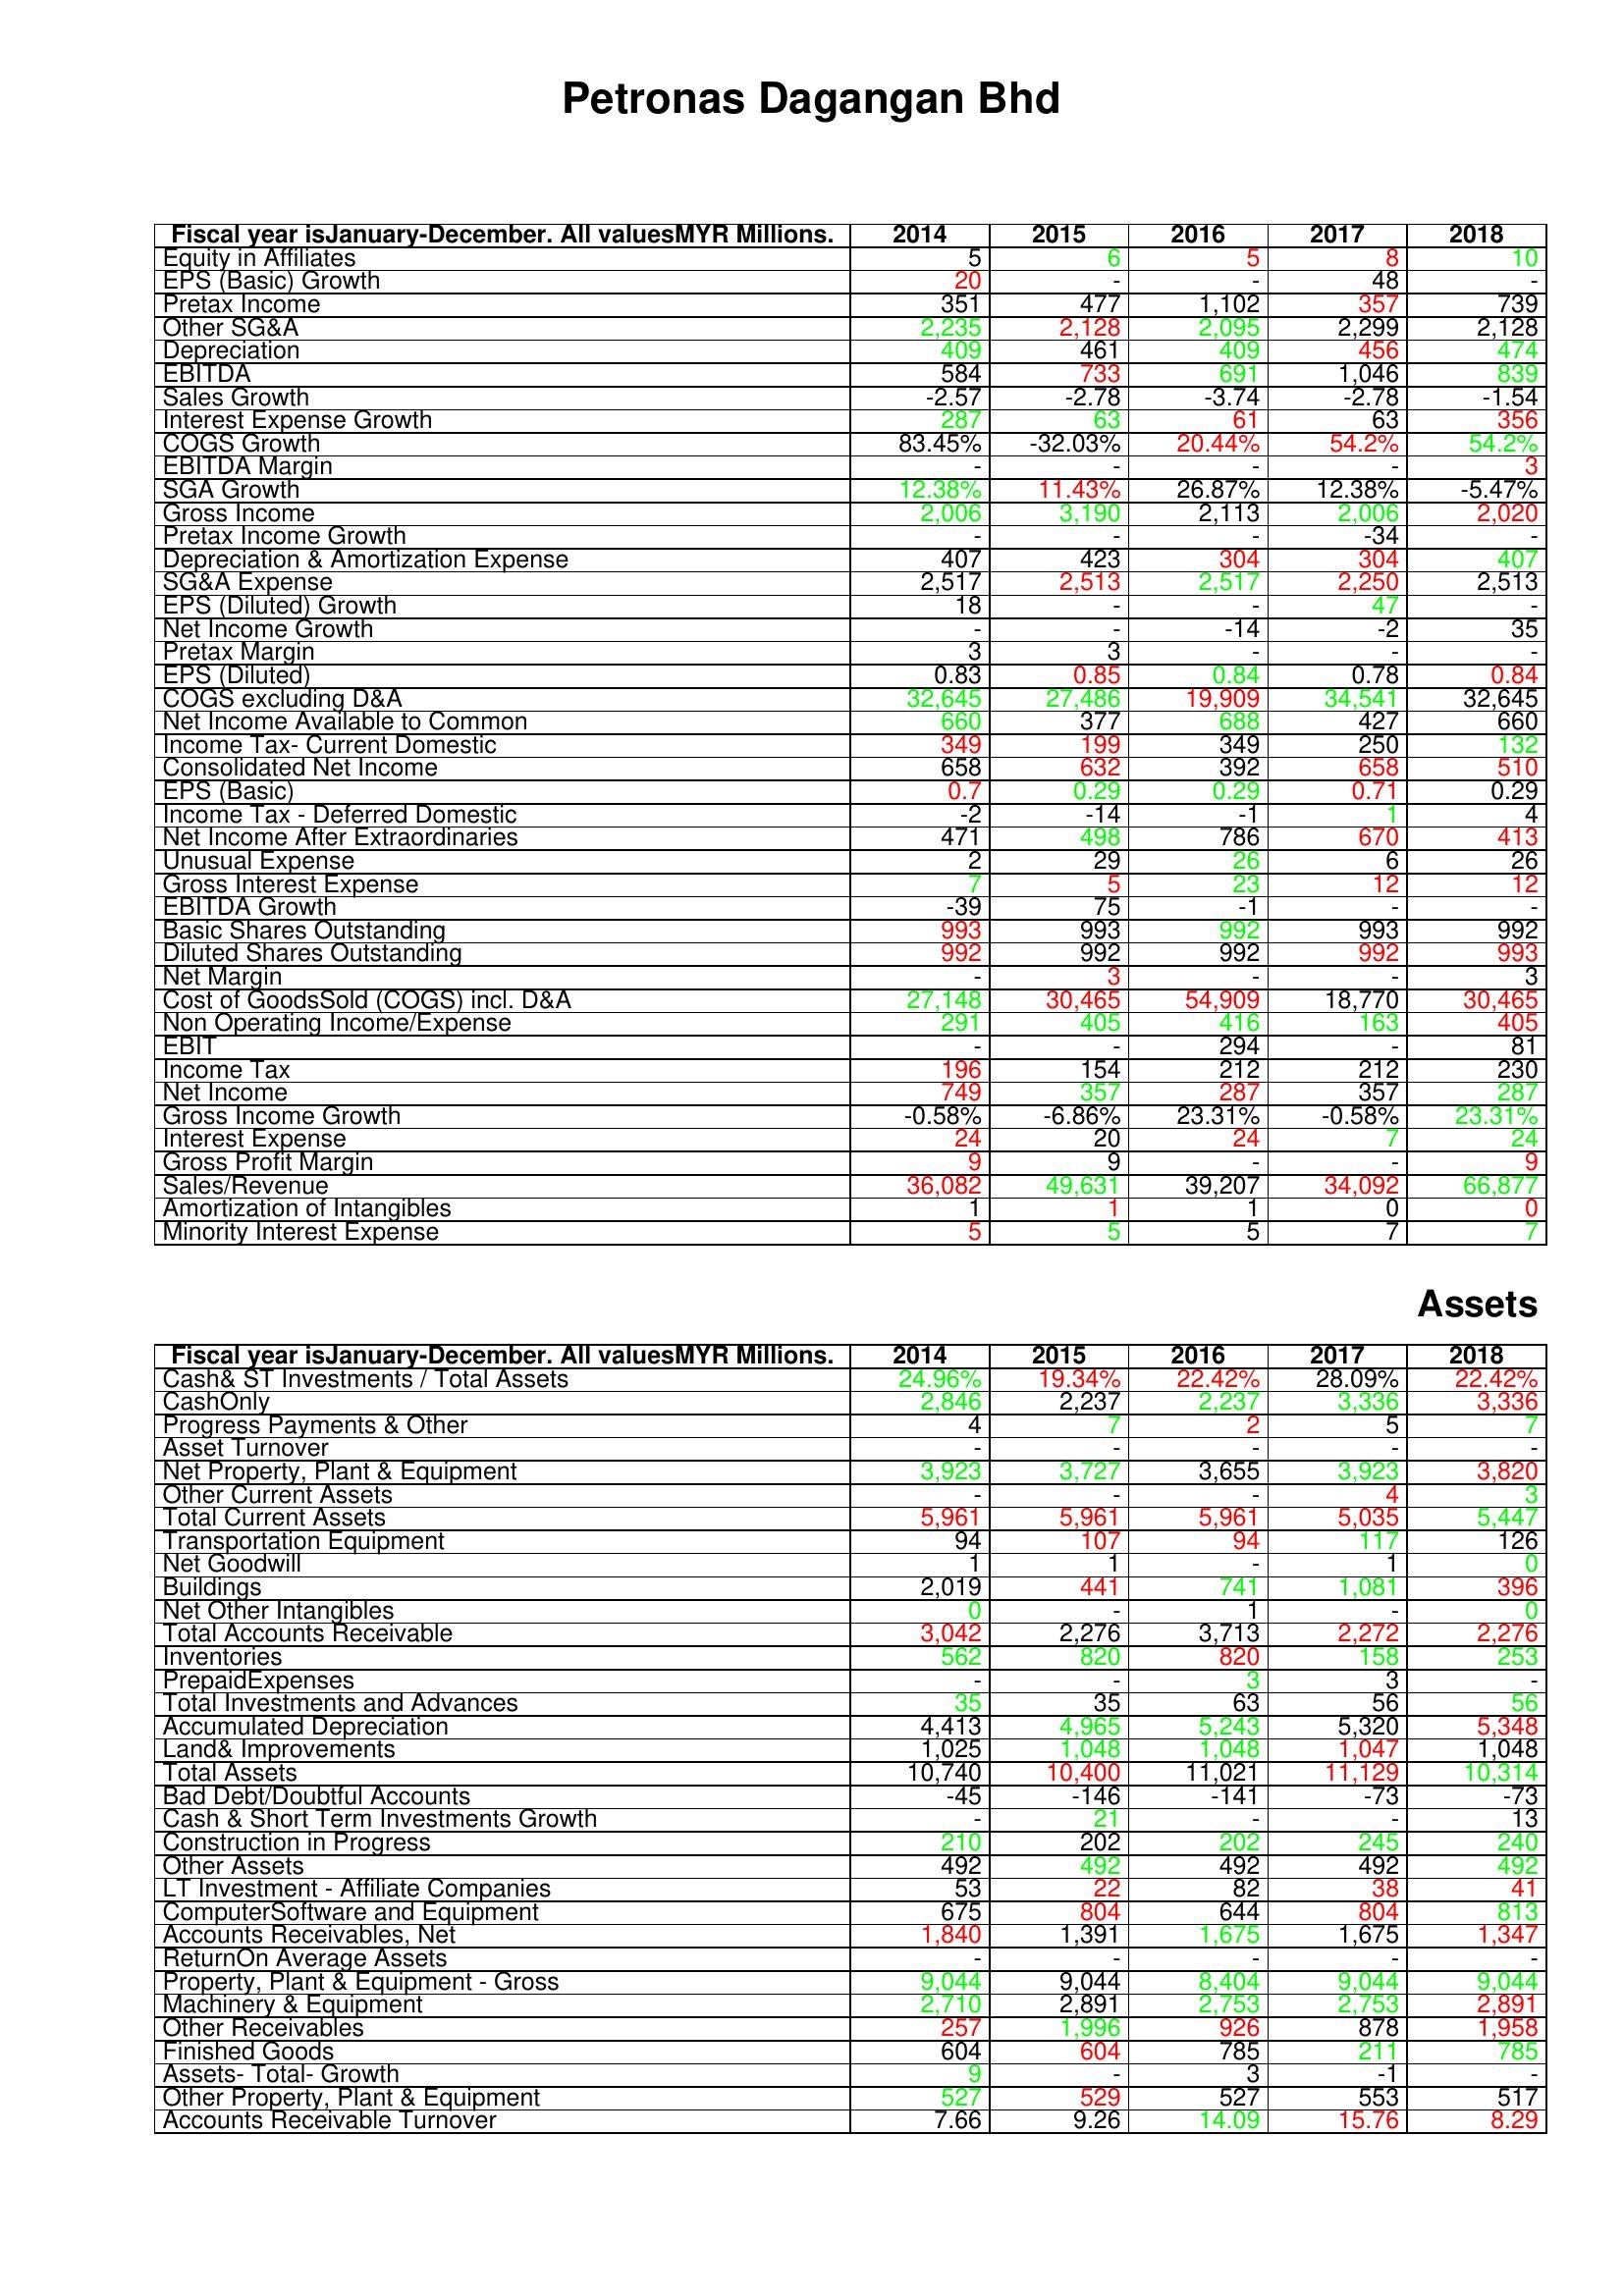
gt_parse: 2014: : Equity in Affiliates: 5
EPS (Basic) Growth: 20
Pretax Income: 351
Other SG&A: 2,235
Depreciation: 409
EBITDA: 584
Sales Growth: -2.57
Interest Expense Growth: 287
COGS Growth: 83.45%
EBITDA Margin: -
SGA Growth: 12.38%
Gross Income: 2,006
Pretax Income Growth: -
Depreciation & Amortization Expense: 407
SG&A Expense: 2,517
EPS (Diluted) Growth: 18
Net Income Growth: -
Pretax Margin: 3
EPS (Diluted): 0.83
COGS excluding D&A: 32,645
Net Income Available to Common: 660
Income Tax- Current Domestic: 349
Consolidated Net Income: 658
EPS (Basic): 0.7
Income Tax - Deferred Domestic: -2
Net Income After Extraordinaries: 471
Unusual Expense: 2
Gross Interest Expense: 7
EBITDA Growth: -39
Basic Shares Outstanding: 993
Diluted Shares Outstanding: 992
Net Margin: -
Cost of GoodsSold (COGS) incl. D&A: 27,148
Non Operating Income/Expense: 291
EBIT: -
Income Tax: 196
Net Income: 749
Gross Income Growth: -0.58%
Interest Expense: 24
Gross Profit Margin: 9
Sales/Revenue: 36,082
Amortization of Intangibles: 1
Minority Interest Expense: 5
Assets: Cash& ST Investments / Total Assets: 24.96%
CashOnly: 2,846
Progress Payments & Other: 4
Asset Turnover: -
Net Property, Plant & Equipment: 3,923
Other Current Assets: -
Total Current Assets: 5,961
Transportation Equipment: 94
Net Goodwill: 1
Buildings: 2,019
Net Other Intangibles: 0
Total Accounts Receivable: 3,042
Inventories: 562
PrepaidExpenses: -
Total Investments and Advances: 35
Accumulated Depreciation: 4,413
Land& Improvements: 1,025
Total Assets: 10,740
Bad Debt/Doubtful Accounts: -45
Cash & Short Term Investments Growth: -
Construction in Progress: 210
Other Assets: 492
LT Investment - Affiliate Companies: 53
ComputerSoftware and Equipment: 675
Accounts Receivables, Net: 1,840
ReturnOn Average Assets: -
Property, Plant & Equipment - Gross : 9,044
Machinery & Equipment: 2,710
Other Receivables: 257
Finished Goods: 604
Assets- Total- Growth: 9
Other Property, Plant & Equipment: 527
Accounts Receivable Turnover: 7.66
2015: : Equity in Affiliates: 6
EPS (Basic) Growth: -
Pretax Income: 477
Other SG&A: 2,128
Depreciation: 461
EBITDA: 733
Sales Growth: -2.78
Interest Expense Growth: 63
COGS Growth: -32.03%
EBITDA Margin: -
SGA Growth: 11.43%
Gross Income: 3,190
Pretax Income Growth: -
Depreciation & Amortization Expense: 423
SG&A Expense: 2,513
EPS (Diluted) Growth: -
Net Income Growth: -
Pretax Margin: 3
EPS (Diluted): 0.85
COGS excluding D&A: 27,486
Net Income Available to Common: 377
Income Tax- Current Domestic: 199
Consolidated Net Income: 632
EPS (Basic): 0.29
Income Tax - Deferred Domestic: -14
Net Income After Extraordinaries: 498
Unusual Expense: 29
Gross Interest Expense: 5
EBITDA Growth: 75
Basic Shares Outstanding: 993
Diluted Shares Outstanding: 992
Net Margin: 3
Cost of GoodsSold (COGS) incl. D&A: 30,465
Non Operating Income/Expense: 405
EBIT: -
Income Tax: 154
Net Income: 357
Gross Income Growth: -6.86%
Interest Expense: 20
Gross Profit Margin: 9
Sales/Revenue: 49,631
Amortization of Intangibles: 1
Minority Interest Expense: 5
Assets: Cash& ST Investments / Total Assets: 19.34%
CashOnly: 2,237
Progress Payments & Other: 7
Asset Turnover: -
Net Property, Plant & Equipment: 3,727
Other Current Assets: -
Total Current Assets: 5,961
Transportation Equipment: 107
Net Goodwill: 1
Buildings: 441
Net Other Intangibles: -
Total Accounts Receivable: 2,276
Inventories: 820
PrepaidExpenses: -
Total Investments and Advances: 35
Accumulated Depreciation: 4,965
Land& Improvements: 1,048
Total Assets: 10,400
Bad Debt/Doubtful Accounts: -146
Cash & Short Term Investments Growth: 21
Construction in Progress: 202
Other Assets: 492
LT Investment - Affiliate Companies: 22
ComputerSoftware and Equipment: 804
Accounts Receivables, Net: 1,391
ReturnOn Average Assets: -
Property, Plant & Equipment - Gross : 9,044
Machinery & Equipment: 2,891
Other Receivables: 1,996
Finished Goods: 604
Assets- Total- Growth: -
Other Property, Plant & Equipment: 529
Accounts Receivable Turnover: 9.26
2016: : Equity in Affiliates: 5
EPS (Basic) Growth: -
Pretax Income: 1,102
Other SG&A: 2,095
Depreciation: 409
EBITDA: 691
Sales Growth: -3.74
Interest Expense Growth: 61
COGS Growth: 20.44%
EBITDA Margin: -
SGA Growth: 26.87%
Gross Income: 2,113
Pretax Income Growth: -
Depreciation & Amortization Expense: 304
SG&A Expense: 2,517
EPS (Diluted) Growth: -
Net Income Growth: -14
Pretax Margin: -
EPS (Diluted): 0.84
COGS excluding D&A: 19,909
Net Income Available to Common: 688
Income Tax- Current Domestic: 349
Consolidated Net Income: 392
EPS (Basic): 0.29
Income Tax - Deferred Domestic: -1
Net Income After Extraordinaries: 786
Unusual Expense: 26
Gross Interest Expense: 23
EBITDA Growth: -1
Basic Shares Outstanding: 992
Diluted Shares Outstanding: 992
Net Margin: -
Cost of GoodsSold (COGS) incl. D&A: 54,909
Non Operating Income/Expense: 416
EBIT: 294
Income Tax: 212
Net Income: 287
Gross Income Growth: 23.31%
Interest Expense: 24
Gross Profit Margin: -
Sales/Revenue: 39,207
Amortization of Intangibles: 1
Minority Interest Expense: 5
Assets: Cash& ST Investments / Total Assets: 22.42%
CashOnly: 2,237
Progress Payments & Other: 2
Asset Turnover: -
Net Property, Plant & Equipment: 3,655
Other Current Assets: -
Total Current Assets: 5,961
Transportation Equipment: 94
Net Goodwill: -
Buildings: 741
Net Other Intangibles: 1
Total Accounts Receivable: 3,713
Inventories: 820
PrepaidExpenses: 3
Total Investments and Advances: 63
Accumulated Depreciation: 5,243
Land& Improvements: 1,048
Total Assets: 11,021
Bad Debt/Doubtful Accounts: -141
Cash & Short Term Investments Growth: -
Construction in Progress: 202
Other Assets: 492
LT Investment - Affiliate Companies: 82
ComputerSoftware and Equipment: 644
Accounts Receivables, Net: 1,675
ReturnOn Average Assets: -
Property, Plant & Equipment - Gross : 8,404
Machinery & Equipment: 2,753
Other Receivables: 926
Finished Goods: 785
Assets- Total- Growth: 3
Other Property, Plant & Equipment: 527
Accounts Receivable Turnover: 14.09
2017: : Equity in Affiliates: 8
EPS (Basic) Growth: 48
Pretax Income: 357
Other SG&A: 2,299
Depreciation: 456
EBITDA: 1,046
Sales Growth: -2.78
Interest Expense Growth: 63
COGS Growth: 54.2%
EBITDA Margin: -
SGA Growth: 12.38%
Gross Income: 2,006
Pretax Income Growth: -34
Depreciation & Amortization Expense: 304
SG&A Expense: 2,250
EPS (Diluted) Growth: 47
Net Income Growth: -2
Pretax Margin: -
EPS (Diluted): 0.78
COGS excluding D&A: 34,541
Net Income Available to Common: 427
Income Tax- Current Domestic: 250
Consolidated Net Income: 658
EPS (Basic): 0.71
Income Tax - Deferred Domestic: 1
Net Income After Extraordinaries: 670
Unusual Expense: 6
Gross Interest Expense: 12
EBITDA Growth: -
Basic Shares Outstanding: 993
Diluted Shares Outstanding: 992
Net Margin: -
Cost of GoodsSold (COGS) incl. D&A: 18,770
Non Operating Income/Expense: 163
EBIT: -
Income Tax: 212
Net Income: 357
Gross Income Growth: -0.58%
Interest Expense: 7
Gross Profit Margin: -
Sales/Revenue: 34,092
Amortization of Intangibles: 0
Minority Interest Expense: 7
Assets: Cash& ST Investments / Total Assets: 28.09%
CashOnly: 3,336
Progress Payments & Other: 5
Asset Turnover: -
Net Property, Plant & Equipment: 3,923
Other Current Assets: 4
Total Current Assets: 5,035
Transportation Equipment: 117
Net Goodwill: 1
Buildings: 1,081
Net Other Intangibles: -
Total Accounts Receivable: 2,272
Inventories: 158
PrepaidExpenses: 3
Total Investments and Advances: 56
Accumulated Depreciation: 5,320
Land& Improvements: 1,047
Total Assets: 11,129
Bad Debt/Doubtful Accounts: -73
Cash & Short Term Investments Growth: -
Construction in Progress: 245
Other Assets: 492
LT Investment - Affiliate Companies: 38
ComputerSoftware and Equipment: 804
Accounts Receivables, Net: 1,675
ReturnOn Average Assets: -
Property, Plant & Equipment - Gross : 9,044
Machinery & Equipment: 2,753
Other Receivables: 878
Finished Goods: 211
Assets- Total- Growth: -1
Other Property, Plant & Equipment: 553
Accounts Receivable Turnover: 15.76
2018: : Equity in Affiliates: 10
EPS (Basic) Growth: -
Pretax Income: 739
Other SG&A: 2,128
Depreciation: 474
EBITDA: 839
Sales Growth: -1.54
Interest Expense Growth: 356
COGS Growth: 54.2%
EBITDA Margin: 3
SGA Growth: -5.47%
Gross Income: 2,020
Pretax Income Growth: -
Depreciation & Amortization Expense: 407
SG&A Expense: 2,513
EPS (Diluted) Growth: -
Net Income Growth: 35
Pretax Margin: -
EPS (Diluted): 0.84
COGS excluding D&A: 32,645
Net Income Available to Common: 660
Income Tax- Current Domestic: 132
Consolidated Net Income: 510
EPS (Basic): 0.29
Income Tax - Deferred Domestic: 4
Net Income After Extraordinaries: 413
Unusual Expense: 26
Gross Interest Expense: 12
EBITDA Growth: -
Basic Shares Outstanding: 992
Diluted Shares Outstanding: 993
Net Margin: 3
Cost of GoodsSold (COGS) incl. D&A: 30,465
Non Operating Income/Expense: 405
EBIT: 81
Income Tax: 230
Net Income: 287
Gross Income Growth: 23.31%
Interest Expense: 24
Gross Profit Margin: 9
Sales/Revenue: 66,877
Amortization of Intangibles: 0
Minority Interest Expense: 7
Assets: Cash& ST Investments / Total Assets: 22.42%
CashOnly: 3,336
Progress Payments & Other: 7
Asset Turnover: -
Net Property, Plant & Equipment: 3,820
Other Current Assets: 3
Total Current Assets: 5,447
Transportation Equipment: 126
Net Goodwill: 0
Buildings: 396
Net Other Intangibles: 0
Total Accounts Receivable: 2,276
Inventories: 253
PrepaidExpenses: -
Total Investments and Advances: 56
Accumulated Depreciation: 5,348
Land& Improvements: 1,048
Total Assets: 10,314
Bad Debt/Doubtful Accounts: -73
Cash & Short Term Investments Growth: 13
Construction in Progress: 240
Other Assets: 492
LT Investment - Affiliate Companies: 41
ComputerSoftware and Equipment: 813
Accounts Receivables, Net: 1,347
ReturnOn Average Assets: -
Property, Plant & Equipment - Gross : 9,044
Machinery & Equipment: 2,891
Other Receivables: 1,958
Finished Goods: 785
Assets- Total- Growth: -
Other Property, Plant & Equipment: 517
Accounts Receivable Turnover: 8.29